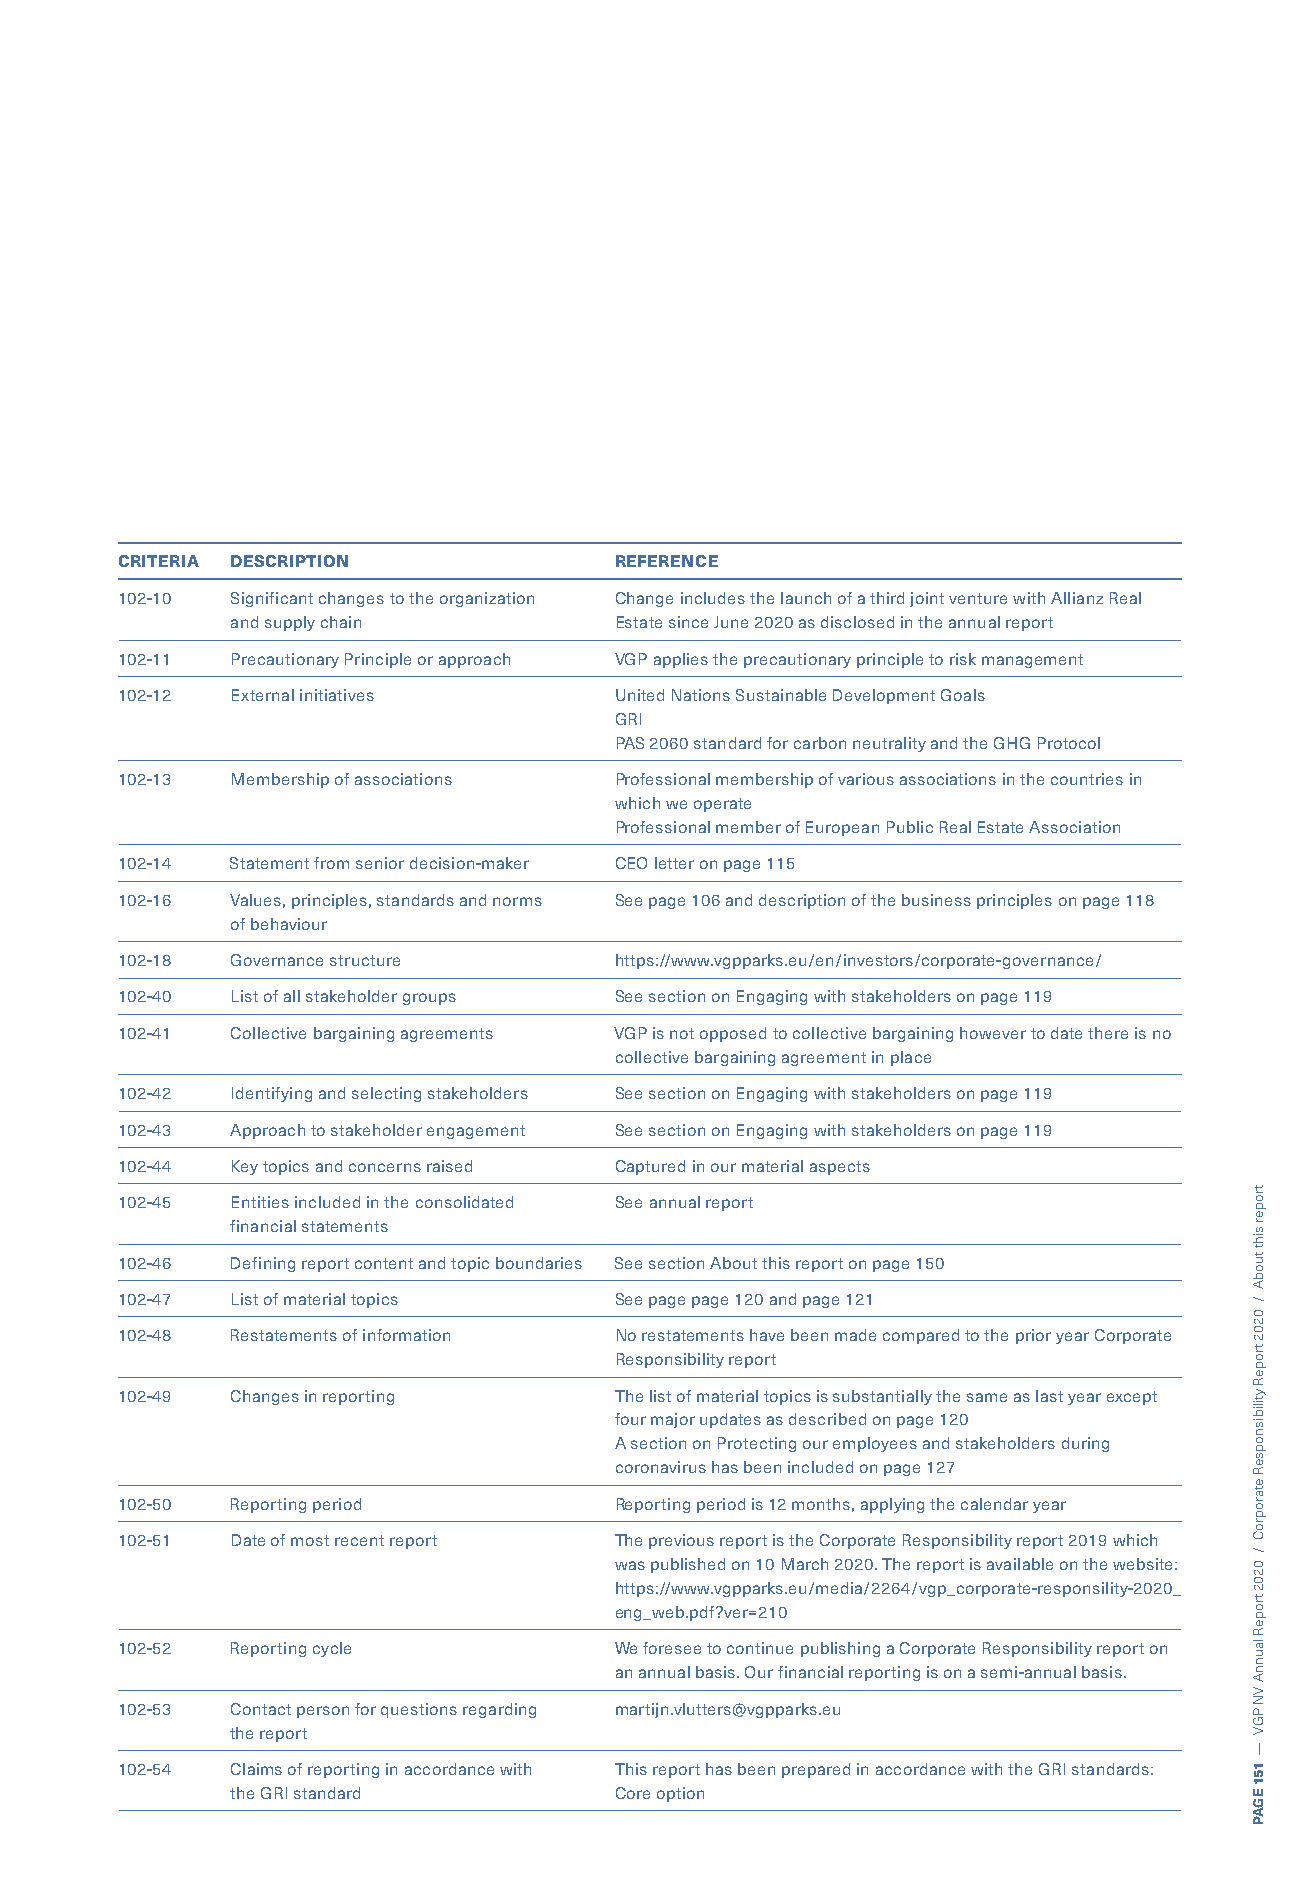
CRITERIA DESCRIPTION             REFERENCE
 102-10 Significant changes to the organization Change includes the launch of a third joint venture with Allianz Real
 and supply chain          Estate since June 2020 as disclosed in the annual report
 102-11 Precautionary Principle or approach VGP applies the precautionary principle to risk management
 102-12 External initiatives      United Nations Sustainable Development Goals
 GRI
 PAS 2060 standard for carbon neutrality and the GHG Protocol
 102-13 Membership of associations Professional membership of various associations in the countries in
 which we operate
 Professional member of European Public Real Estate Association
 102-14 Statement from senior decision-maker CEO letter on page 115
 102-16 Values, principles, standards and norms See page 106 and description of the business principles on page 118
 of behaviour
 102-18 Governance structure      https://www.vgpparks.eu/en/investors/corporate-governance/
 102-40 List of all stakeholder groups See section on Engaging with stakeholders on page 119
 102-41 Collective bargaining agreements VGP is not opposed to collective bargaining however to date there is no
 collective bargaining agreement in place
 102-42 Identifying and selecting stakeholders See section on Engaging with stakeholders on page 119
 102-43 Approach to stakeholder engagement See section on Engaging with stakeholders on page 119
 102-44 Key topics and concerns raised Captured in our material aspects
 102-45 Entities included in the consolidated See annual report
 financial statements
 102-46 Defining report content and topic boundaries See section About this report on page 150
 102-47 List of material topics   See page page 120 and page 121
 102-48 Restatements of information No restatements have been made compared to the prior year Corporate
 Responsibility report
 102-49 Changes in reporting      The list of material topics is substantially the same as last year except
 four major updates as described on page 120
 A section on Protecting our employees and stakeholders during
 coronavirus has been included on page 127
 102-50 Reporting period          Reporting period is 12 months, applying the calendar year
 102-51 Date of most recent report The previous report is the Corporate Responsibility report 2019 which
 was published on 10 March 2020. The report is available on the website:
 https://www.vgpparks.eu/media/2264/vgp_corporate-responsility-2020_
 eng_web.pdf?ver=210
 102-52 Reporting cycle           We foresee to continue publishing a Corporate Responsibility report on
 an annual basis. Our financial reporting is on a semi-annual basis.
 102-53 Contact person for questions regarding martijn.vlutters@vgpparks.eu
 the report
 102-54 Claims of reporting in accordance with This report has been prepared in accordance with the GRI standards:
 the GRI standard          Core option
 troper
 siht
 tuobA
 /
 0202
 tropeR
 ytilibisnopseR
 etaroproC
 /
 0202
 tropeR
 launnA
 VN
 PGV
 —
 151
 EGAP